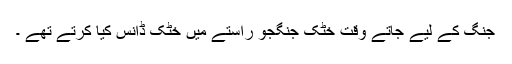
جنگ کے لیے جاتے وقت خٹک جنگجو راستے میں خٹک ڈانس کیا کرتے تھے ۔